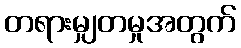
တရားမျှတမှုအတွက်